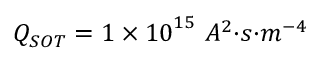
Q _ { S O T } = 1 \times { 1 0 } ^ { 1 5 } \ { { A } } ^ { 2 } { { · } } { s } { { · } } { { m } } ^ { { - 4 } }